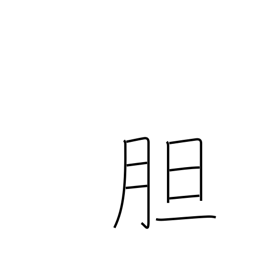
Meaning: courage